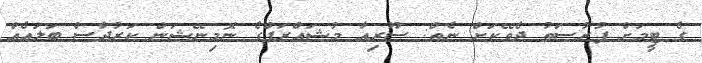
ގެ ޓީމަށް ފުރުސަތު ދެވޭކަށް ނެތް: ސޫރިއާ މުޝައްރަފްގެ ނޮމިނޭޝަން ކަރުދާސް ބަލައެއް